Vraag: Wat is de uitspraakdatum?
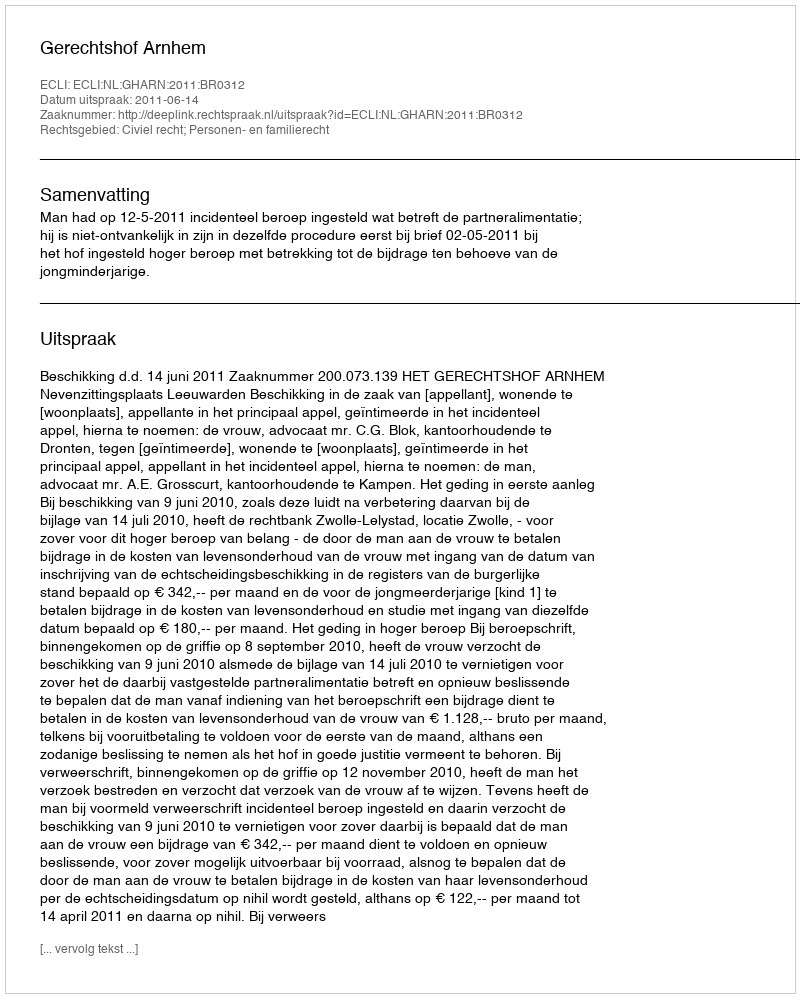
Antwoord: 2011-06-14